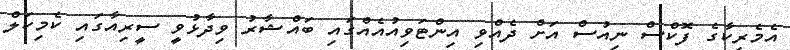
އެމެރިކާގެ ފޮކްސް ނިއުސް އަށް ދެއްވި އިންޓަވިއުއެއްގައި ބައްޝާރު ވިދާޅުވީ ސީރިއާގައި ކެމިކަލް